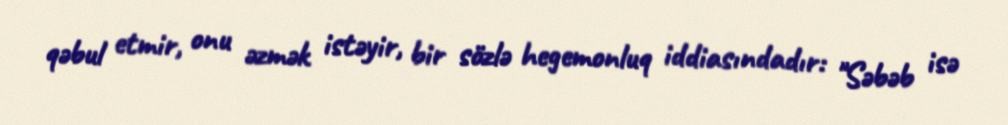
qəbul etmir, onu əzmək istəyir, bir sözlə hegemonluq iddiasındadır: "Səbəb isə